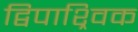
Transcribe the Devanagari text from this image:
द्विपाश्र्विक